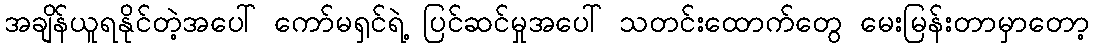
အချိန်ယူရနိုင်တဲ့အပေါ် ကော်မရှင်ရဲ့ ပြင်ဆင်မှုအပေါ် သတင်းထောက်တွေ မေးမြန်းတာမှာတော့